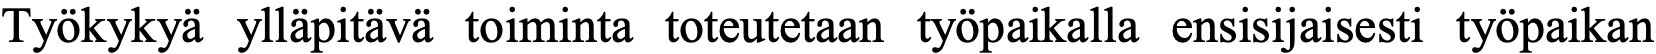
Työkykyä ylläpitävä toiminta toteutetaan työpaikalla ensisijaisesti työpaikan